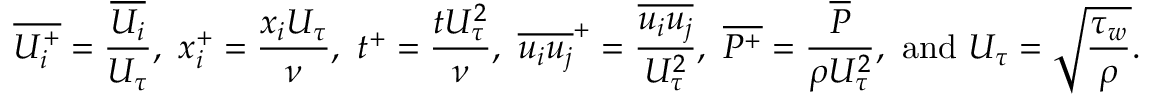
\overline { { { U _ { i } ^ { + } } } } = \frac { \overline { { U _ { i } } } } { U _ { \tau } } , ~ { x _ { i } ^ { + } } = \frac { x _ { i } U _ { \tau } } { \nu } , ~ t ^ { + } = { \frac { t U _ { \tau } ^ { 2 } } { \nu } } , ~ \overline { { u _ { i } u _ { j } } } ^ { + } = \frac { \overline { { u _ { i } u _ { j } } } } { U _ { \tau } ^ { 2 } } , ~ \overline { { { P ^ { + } } } } = \frac { \overline { { P } } } { \rho U _ { \tau } ^ { 2 } } , \mathrm { ~ a n d ~ } U _ { \tau } = \sqrt { \frac { \tau _ { w } } { \rho } } .